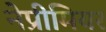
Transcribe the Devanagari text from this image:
नेप्रीमियर